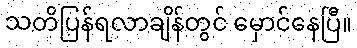
သတိပြန်ရလာချိန်တွင် မှောင်နေပြီ။